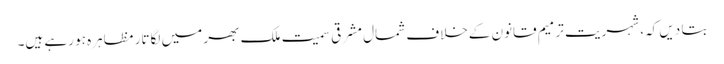
بتا دیں کہ، شہریت ترمیم قانون کےخلاف شمال مشرقی سمیت ملک بھر میں لگاتار مظاہرہ ہو رہے ہیں۔